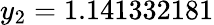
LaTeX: y_{2}=1.141332181